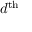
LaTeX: d ^ { \mathrm { t h } }